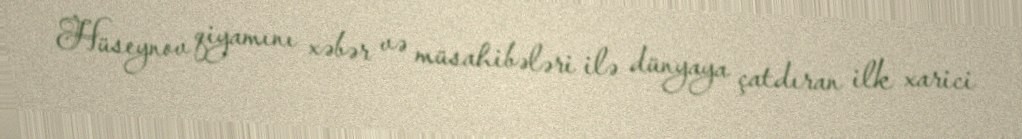
Hüseynov qiyamını xəbər və müsahibələri ilə dünyaya çatdıran ilk xarici